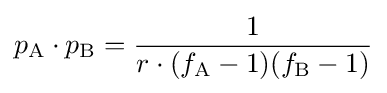
p_{\text{A}}\cdot p_{\text{B}}={\frac {1}{r\cdot (f_{\text{A}}-1)(f_{\text{B}}-1)}}